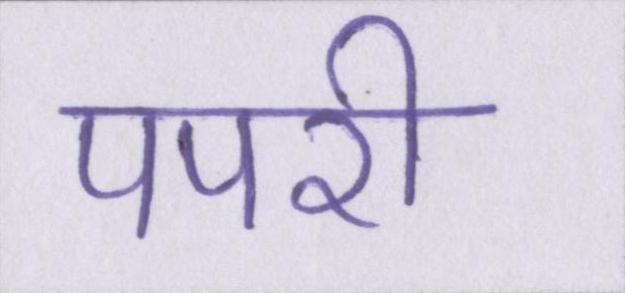
पपरी